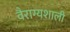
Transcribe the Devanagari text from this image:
वैराग्यशाली